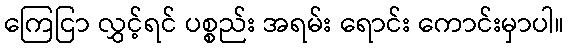
ကြေငြာ လွှင့်ရင် ပစ္စည်း အရမ်း ရောင်း ကောင်းမှာပါ။